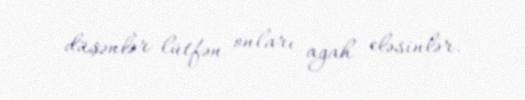
düşənlər lütfən onları agah eləsinlər.